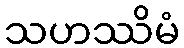
သဟဿိမံ